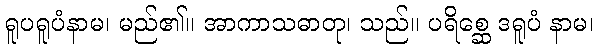
ရူပရူပံနာမ၊ မည်၏။ အာကာသဓာတု၊ သည်။ ပရိစ္ဆေ ဒရူပံ နာမ၊